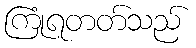
ကြုံရတတ်သည်